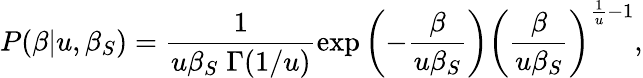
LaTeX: P(\beta|u,\beta_{S})=\frac{1}{u\beta_{S}\; \Gamma(1/u)}\exp\left(-\frac{\beta}{u\beta_{S}}\right)\left(\frac{\beta}{u\beta_{S}}\right)^{\frac{1}{u}-1},